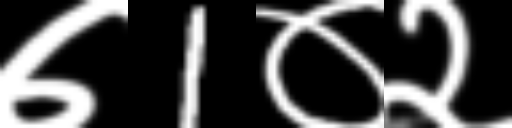
Text: ७1०२